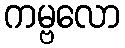
ကမ္ဗလော